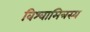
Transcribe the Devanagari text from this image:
विश्वामित्रस्य